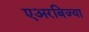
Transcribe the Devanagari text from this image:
एअरबिज्या